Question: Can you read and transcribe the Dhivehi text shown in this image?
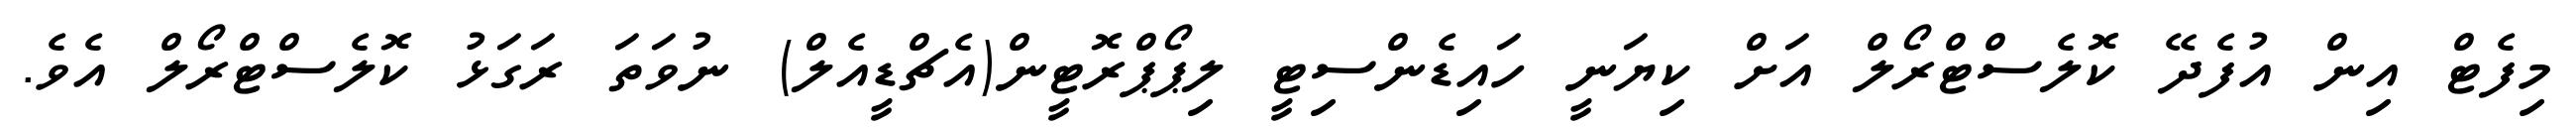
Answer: މިފެޓް އިން އުފެދޭ ކޮލެސްޓްރޯލް އަށް ކިޔަނީ ހައިޑެންސިޓީ ލިޕޯޕްރޮޓީން(އެޗްޑީއެލް) ނުވަތަ ރަގަޅު ކޮލެސްޓްރޯލް އެވެ.